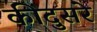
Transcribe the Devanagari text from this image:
कीदुसरे